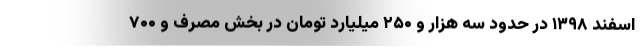
اسفند ۱۳۹۸ در حدود سه هزار و ۲۵۰ میلیارد تومان در بخش مصرف و ۷۰۰